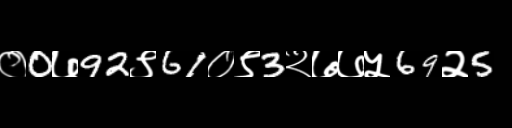
Text: ०0७92९61०९3२७७५69२5